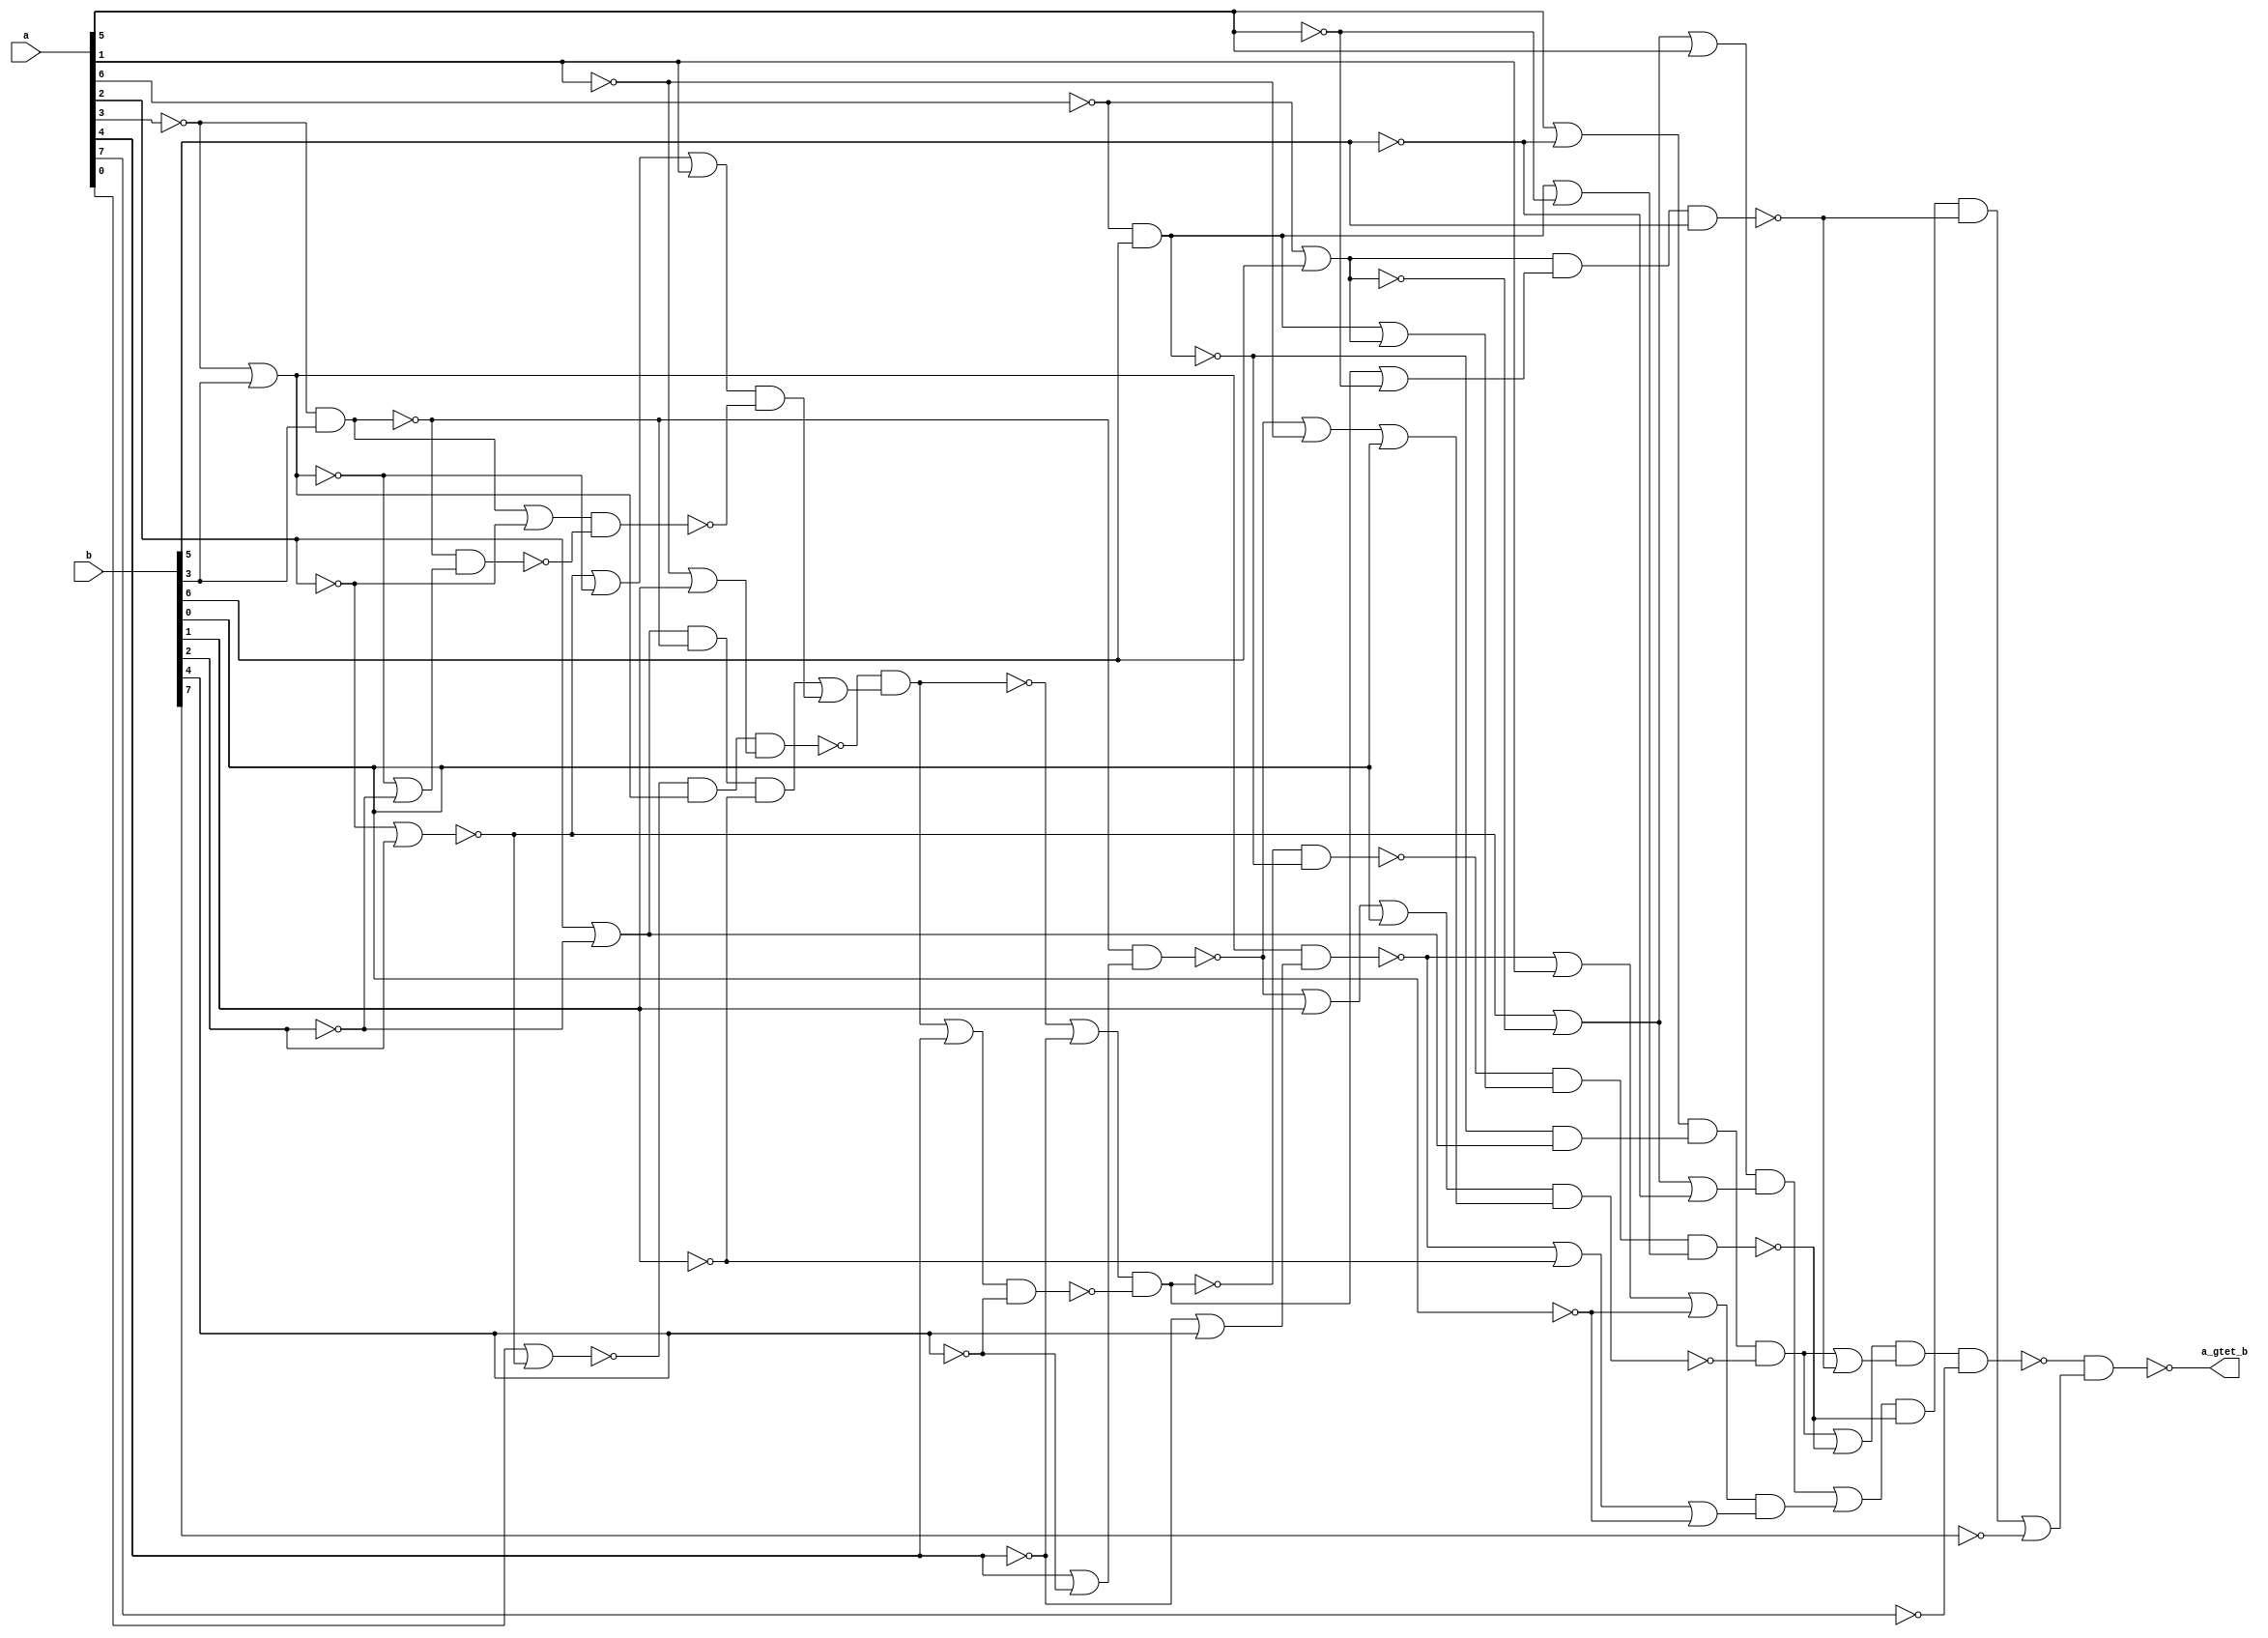

// Generated by Cadence Encounter(R) RTL Compiler RC11.10 - v11.10-p005_1

// Verification Directory fv/top 

module top(a, b, a_gtet_b);
  input [7:0] a, b;
  output a_gtet_b;
  wire [7:0] a, b;
  wire a_gtet_b;
  wire n_10, n_37, n_38, n_40, n_56, n_61, n_63, n_66;
  wire n_129, n_133, n_139, n_163, n_165, n_169, n_177, n_180;
  wire n_396, n_417, n_429, n_430, n_431, n_432, n_433, n_434;
  wire n_435, n_436, n_437, n_438, n_439, n_440, n_441, n_442;
  wire n_443, n_444, n_445, n_446, n_447, n_448, n_449, n_450;
  wire n_451, n_452, n_453, n_454, n_455, n_456, n_457, n_458;
  wire n_459, n_460, n_461, n_462, n_463, n_464, n_465, n_466;
  wire n_467, n_468, n_469, n_470, n_471, n_472, n_473, n_474;
  wire n_475, n_476, n_477, n_478, n_479, n_480, n_481, n_482;
  wire n_483, n_484, n_485, n_486, n_487, n_488, n_489, n_490;
  wire n_491, n_492, n_493, n_494, n_495, n_496, n_497, n_498;
  wire n_499, n_500, n_501, n_502, n_503, n_504, n_505, n_506;
  wire n_507, n_508, n_509, n_510;
  nor g33 (n_38, a[0], n_37);
  nand g56 (n_66, n_61, n_139);
  nor g137 (n_165, n_37, n_63, a[5]);
  nor g151 (n_177, n_169, b[1], b[0]);
  nor g153 (n_180, n_37, n_40, a[1]);
  not g459 (n_429, a[5]);
  not g460 (n_430, b[0]);
  not g461 (n_431, b[1]);
  not g462 (n_432, a[1]);
  not g463 (n_433, b[5]);
  not g464 (n_434, a[6]);
  not g465 (n_435, b[2]);
  not g466 (n_436, a[2]);
  not g467 (n_437, a[3]);
  not g468 (n_438, b[4]);
  not g469 (n_439, a[4]);
  not g470 (n_440, a[7]);
  not g471 (n_441, b[7]);
  nor g472 (n_37, n_436, b[2]);
  nor g473 (n_40, n_437, b[3]);
  not g474 (n_442, n_40);
  nor g475 (n_443, n_432, b[1]);
  not g476 (n_444, n_443);
  nand g477 (n_445, n_38, n_442, n_444);
  nor g478 (n_396, a[2], n_435);
  not g479 (n_446, n_396);
  nand g480 (n_10, n_437, b[3]);
  not g481 (n_447, n_10);
  nand g482 (n_448, n_446, n_10, n_431);
  not g483 (n_449, n_448);
  not g484 (n_450, n_180);
  nor g485 (n_451, n_447, n_436);
  not g486 (n_452, n_451);
  nor g487 (n_453, n_40, n_435);
  not g488 (n_454, n_453);
  nand g489 (n_455, n_10, n_454);
  nand g490 (n_456, n_452, n_455);
  nand g491 (n_457, n_450, n_456);
  not g492 (n_458, n_457);
  nor g493 (n_459, n_449, n_458);
  not g494 (n_460, n_459);
  nand g495 (n_56, n_445, n_460);
  not g496 (n_461, n_56);
  nor g497 (n_462, n_56, n_439);
  not g498 (n_463, n_462);
  nor g499 (n_464, n_461, a[4]);
  not g500 (n_465, n_464);
  nand g501 (n_466, n_465, n_438);
  nand g502 (n_61, n_463, n_466);
  not g503 (n_467, n_61);
  nand g504 (n_139, n_434, b[6]);
  not g505 (n_468, n_139);
  nor g506 (n_469, a[5], n_433);
  not g507 (n_470, n_469);
  nand g508 (n_471, n_139, n_446);
  not g509 (n_472, n_471);
  nor g510 (n_473, a[4], n_438);
  not g511 (n_474, n_473);
  nand g512 (n_169, n_10, n_474);
  not g513 (n_475, n_177);
  nor g514 (n_476, n_169, n_432, b[0]);
  not g515 (n_477, n_476);
  nand g516 (n_478, n_475, n_477);
  nand g517 (n_417, n_470, n_472, n_478);
  not g518 (n_479, n_417);
  nor g519 (n_63, n_434, b[6]);
  not g520 (n_480, n_63);
  nor g521 (n_481, n_468, n_480);
  not g522 (n_482, n_481);
  nor g523 (n_483, n_468, n_429);
  not g524 (n_484, n_483);
  nand g525 (n_129, n_66, n_482, n_484);
  nor g526 (n_485, n_479, n_129);
  not g527 (n_486, n_485);
  nor g528 (n_487, n_467, n_429);
  not g529 (n_488, n_487);
  nand g530 (n_133, n_480, n_488, b[5]);
  nor g531 (n_489, n_479, n_133);
  not g532 (n_490, n_489);
  nand g533 (n_491, n_486, n_490, n_440);
  not g534 (n_492, n_165);
  nor g535 (n_493, n_37, n_63, n_433);
  not g536 (n_494, n_493);
  nand g537 (n_495, n_492, n_494);
  not g538 (n_496, n_495);
  nor g539 (n_497, n_439, b[4]);
  not g540 (n_498, n_497);
  nand g541 (n_163, n_442, n_498);
  nor g542 (n_499, n_163, a[1], n_430);
  not g543 (n_500, n_499);
  nor g544 (n_501, n_163, n_431, n_430);
  not g545 (n_502, n_501);
  nand g546 (n_503, n_500, n_502);
  not g547 (n_504, n_503);
  nor g548 (n_505, n_496, n_504);
  not g549 (n_506, n_505);
  nand g550 (n_507, n_506, n_129, n_133);
  not g551 (n_508, n_507);
  nor g552 (n_509, n_508, n_441);
  not g553 (n_510, n_509);
  nand g554 (a_gtet_b, n_491, n_510);
endmodule